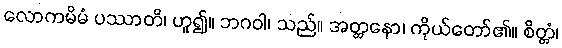
လောကမိမံ ပဿာတိ၊ ဟူ၍။ ဘဂဝါ၊ သည်။ အတ္တနော၊ ကိုယ်တော်၏။ စိတ္တံ၊